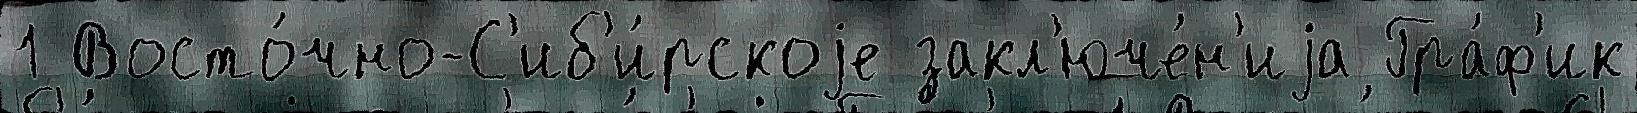
1 Восто́чно-С'иб'и́рскоjе закл'юче́н'иjа Гра́ф'ик